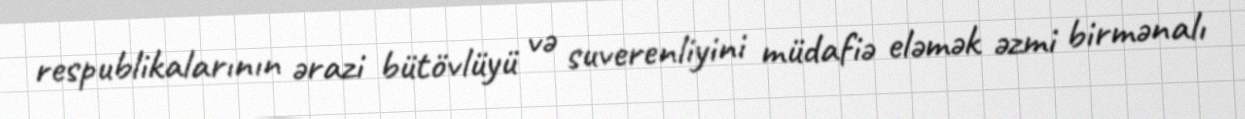
respublikalarının ərazi bütövlüyü və suverenliyini müdafiə eləmək əzmi birmənalı